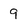
Character: 9